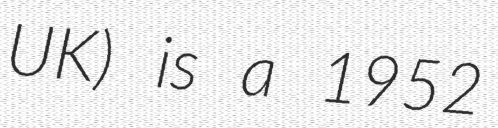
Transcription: UK) is a 1952